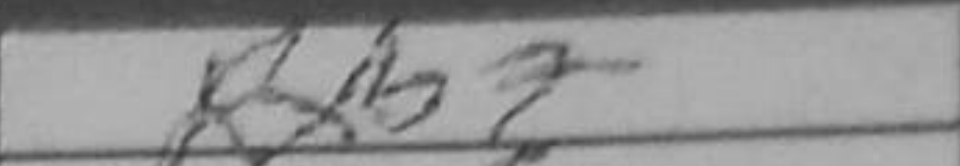
Transcription: Rxb7